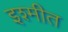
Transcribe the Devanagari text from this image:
इश्मीत